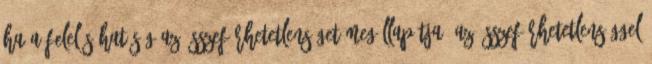
Ha a Felelős Hatóság az összeférhetetlenséget megállapítja, az összeférhetetlenséggel